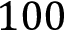
1 0 0